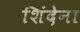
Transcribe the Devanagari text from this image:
शिंदेना